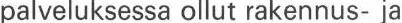
palveluksessa ollut rakennus- ja